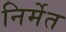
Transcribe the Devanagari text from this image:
निर्मेत